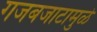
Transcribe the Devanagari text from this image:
गजबजाटामुळे